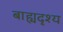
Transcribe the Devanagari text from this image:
बाह्यदृश्य